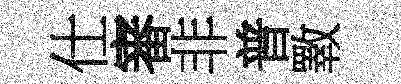
仕審非普斁